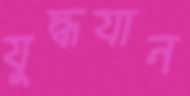
যুদ্ধযান